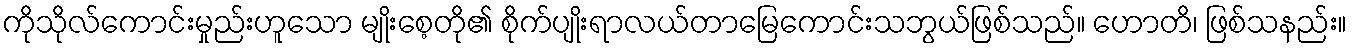
ကိုသိုလ်ကောင်းမှုည်းဟူသော မျိုးစေ့တို၏ စိုက်ပျိုးရာလယ်တာမြေကောင်းသဘွယ်ဖြစ်သည်။ ဟောတိ၊ ဖြစ်သနည်း။